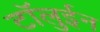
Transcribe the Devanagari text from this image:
टॉलुईन